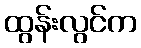
ထွန်းလွင်က